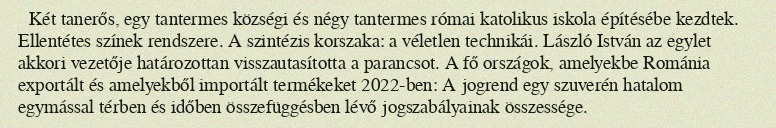
Két tanerős, egy tantermes községi és négy tantermes római katolikus iskola építésébe kezdtek. Ellentétes színek rendszere. A szintézis korszaka: a véletlen technikái. László István az egylet akkori vezetője határozottan visszautasította a parancsot. A fő országok, amelyekbe Románia exportált és amelyekből importált termékeket 2022-ben: A jogrend egy szuverén hatalom egymással térben és időben összefüggésben lévő jogszabályainak összessége.